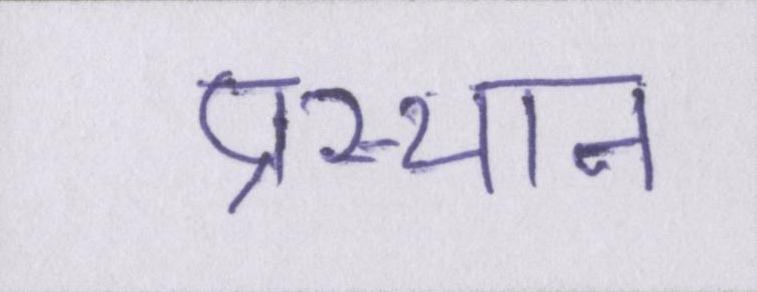
प्रस्थान